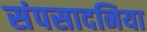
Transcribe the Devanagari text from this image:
संपसादनिया